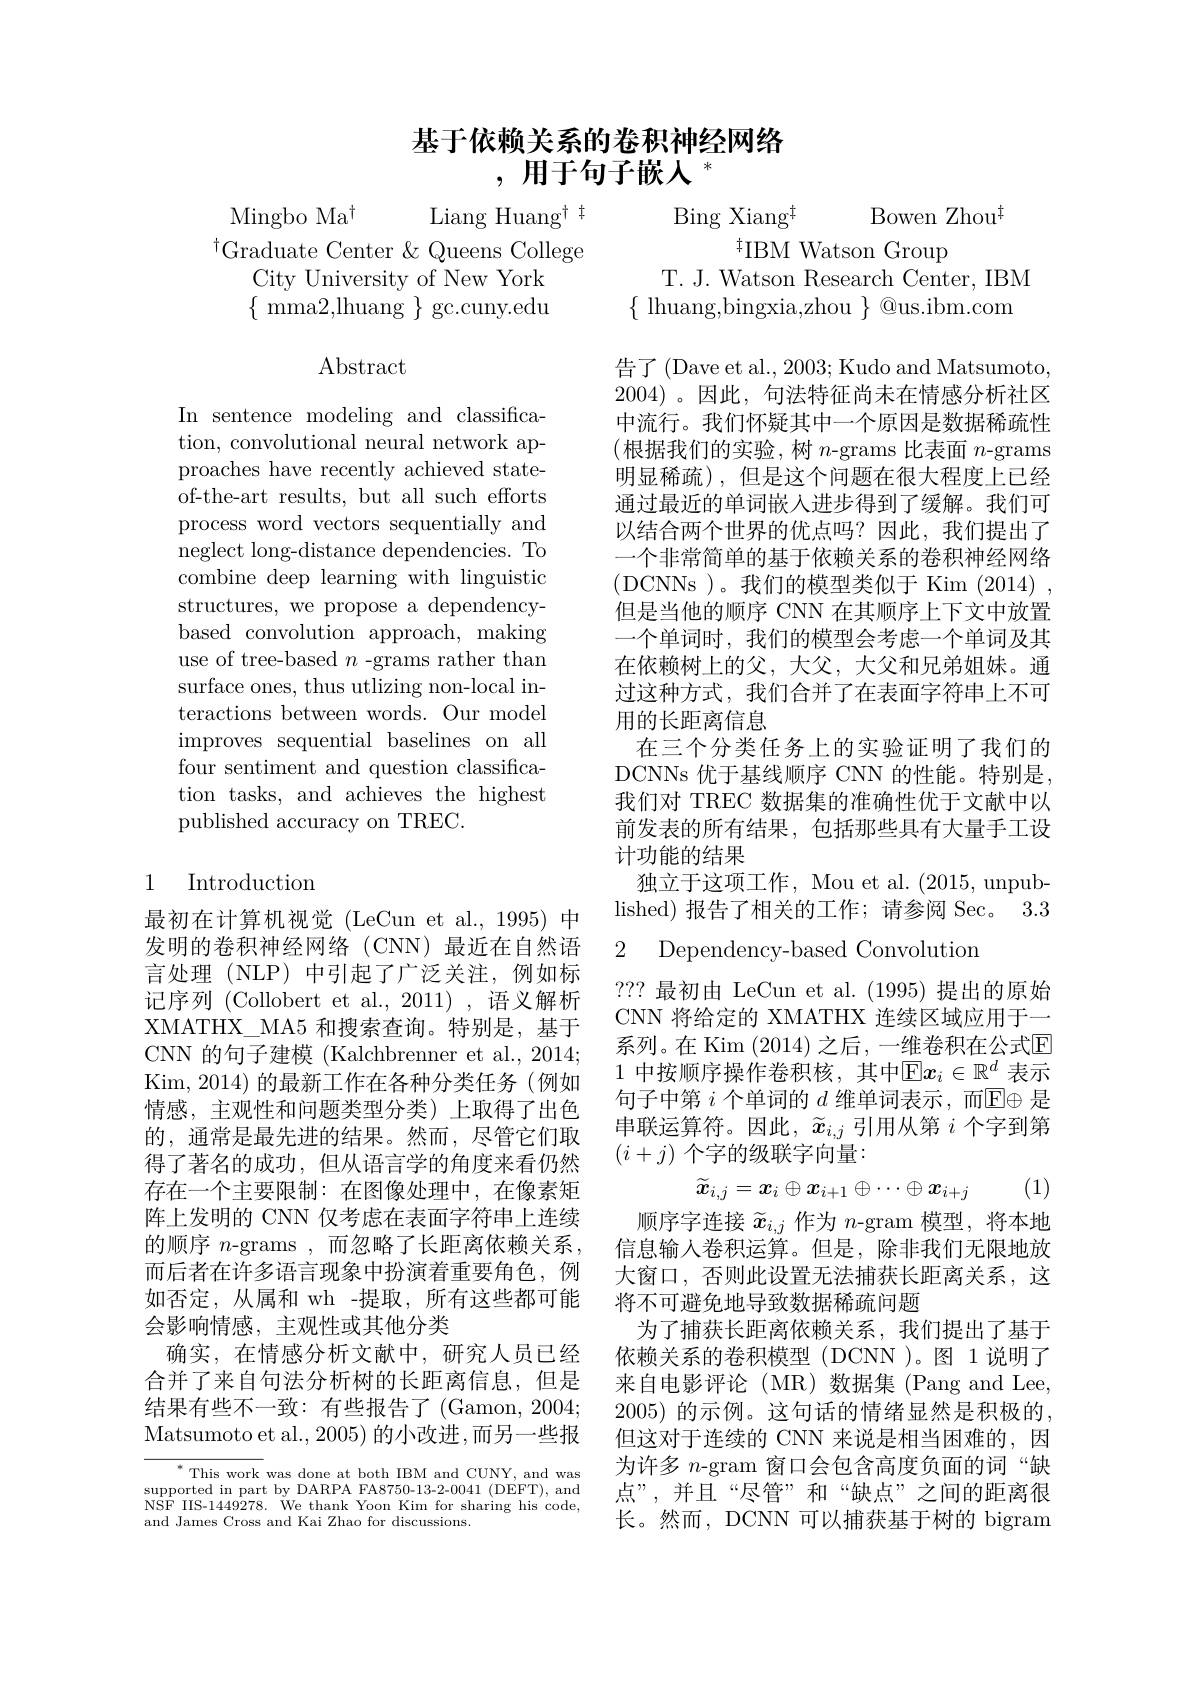
## 基于依赖关系的卷积神经网络,用于句子嵌人$^{*}$

Mingbo M$a^{\dagger }$
Liang Huang$^{\dagger}$
$^{\dagger}$Graduate Center &Queens College
City University of New York $\{{\mathrm{~mma2,lhuang~}}\}{\mathrm{~gc.cuny.edu}}$

$\operatorname{Abstract}$

In sentence modeling and classification, convolutional neural network approaches have recently achieved stateof-the-art results, but all such efforts process word vectors sequentially and neglect long-distance dependencies. To combine deep learning with linguistic structures, we propose a dependencybased convolution approach, making use of tree-based $n$ -grams rather than surface ones, thus utlizing non-local interactions between words. Our model improves sequential baselines on all four sentiment and question classification tasks, and achieves the highest published accuracy on TREC.

### 1 Introduction

最初在计算机视觉(LeCun et al., 1995) 中发明的卷积神经网络(CNN)最近在自然语言处理(NLP)中引起了广泛关注，例如标记序列 (Collobert et al., 2011) , 语义解析XMATHX\_MA5 和搜索查询。特别是，基于CNN 的句子建模 (Kalchbrenner et al., 2014; Kim, 2014) 的最新工作在各种分类任务(例如情感，主观性和问题类型分类)上取得了出色的，通常是最先进的结果。然而，尽管它们取得了著名的成功，但从语言学的角度来看仍然存在一个主要限制：在图像处理中，在像素矩阵上发明的 CNN 仅考虑在表面字符串上连续的顺序 $n$-grams , 而忽略了长距离依赖关系， 而后者在许多语言现象中扮演着重要角色，例如否定，从属和 wh -提取，所有这些都可能会影响情感，主观性或其他分类
确实，在情感分析文献中，研究人员已经合并了来自句法分析树的长距离信息，但是结果有些不一致：有些报告了(Gamon,2004; Matsumoto et al., 2005) 的小改进，而另一些报

$^*$This work was done at both IBM and CUNY, and was supported in part by DARPA FA8750-13-2-0041 (DEFT), and NSF IIS-1449278. We thank Yoon Kim for sharing his code, and James Cross and Kai Zhao for discussions.

Bowen Zhou$^{\dagger}$
Bing Xiang$^{\dagger}$
$^{\dagger}$IBM Watson Group
T. J. Watson Research Center, IBM $\{$ lhuang,bingxia,zhou $\}$ @us.ibm.com

告了(Dave et al., 2003; Kudo and Matsumoto, 2004)。因此，句法特征尚未在情感分析社区中流行。我们怀疑其中一个原因是数据稀疏性(根据我们的实验，树 $n$-grams 比表面 $n$-grams 明显稀疏),但是这个问题在很大程度上已经通过最近的单词嵌入进步得到了缓解。我们可以结合两个世界的优点吗？因此，我们提出了一个非常简单的基于依赖关系的卷积神经网络( DCNNs ) 。我 们 的 模 型 类 似 于 Kim ( 2014) , 但是当他的顺序 CNN 在其顺序上下文中放置一个单词时，我们的模型会考虑一个单词及其在依赖树上的父，大父，大父和兄弟姐妹。通过这种方式，我们合并了在表面字符串上不可用的长距离信息
在三个分类任务上的实验证明了我们的DCNNs 优于基线顺序 CNN 的性能。特别是， 我们对 TREC 数据集的准确性优于文献中以前发表的所有结果，包括那些具有大量手工设计功能的结果
独立于这项工作，Mou et al. (2015, unpublished)报告了相关的工作；请参阅 Sec。3.32 Dependency-based Convolution

??? 最初由 LeCun et al. (1995) 提出的原始CNN 将给定的 XMATHX 连续区域应用于一系列。在 Kim (2014) 之后 ,一维卷积在公式$\mathbb{E}$ 1 中按顺序操作卷积核，其中$\mathbb{E}x_i\in\mathbb{R}^d$ 表示句子中第$i$个单词的$d$维单词表示，而$\mathbb{E}\oplus$是串联运算符。因此，$\widetilde{x}_{i,j}$引用从第$i$个字到第$(i+j)$个字的级联字向量：
$$\widetilde{x}_{i,j}=x_i\oplus x_{i+1}\oplus\cdots\oplus x_{i+j}$$
(1)

顺序字连接$\widetilde{x}_{i,j}$作为$n$-gram 模型，将本地信息输入卷积运算。但是，除非我们无限地放大窗口，否则此设置无法捕获长距离关系，这将不可避免地导致数据稀疏问题
为了捕获长距离依赖关系，我们提出了基于依赖关系的卷积模型 (DCNN )。图 1 说明了来自电影评论(MR)数据集(PangandLee, 2005) 的示例。这句话的情绪显然是积极的， 但这对于连续的 CNN 来说是相当困难的，因为许多$n$-gram 窗口会包含高度负面的词“缺点”,并且“尽管”和“缺点”之间的距离很长。然而，DCNN 可以捕获基于树的 bigram